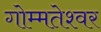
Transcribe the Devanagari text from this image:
गोम्मतेश्वर